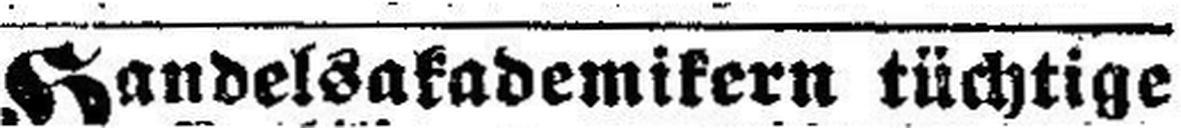
Handelsakademikern tüchtige